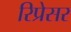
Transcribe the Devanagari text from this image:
रिप्रेसर